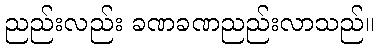
ညည်းလည်း ခဏခဏညည်းလာသည်။